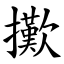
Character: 擹